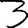
Digit: 3